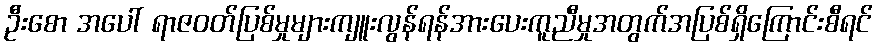
ဦးစော အပေါ် ရာဇဝတ်ပြစ်မှုများကျူးလွန်ရန်အားပေးကူညီမှုအတွက်အပြစ်ရှိကြောင်းစီရင်